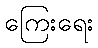
ကြေးရေး